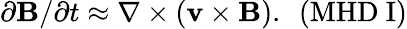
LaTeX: \partial{\mathbf B}/\partial t\approx\nabla\times(\mathbf v\times\mathbf B).~~(\mathrm{MHD~I)}